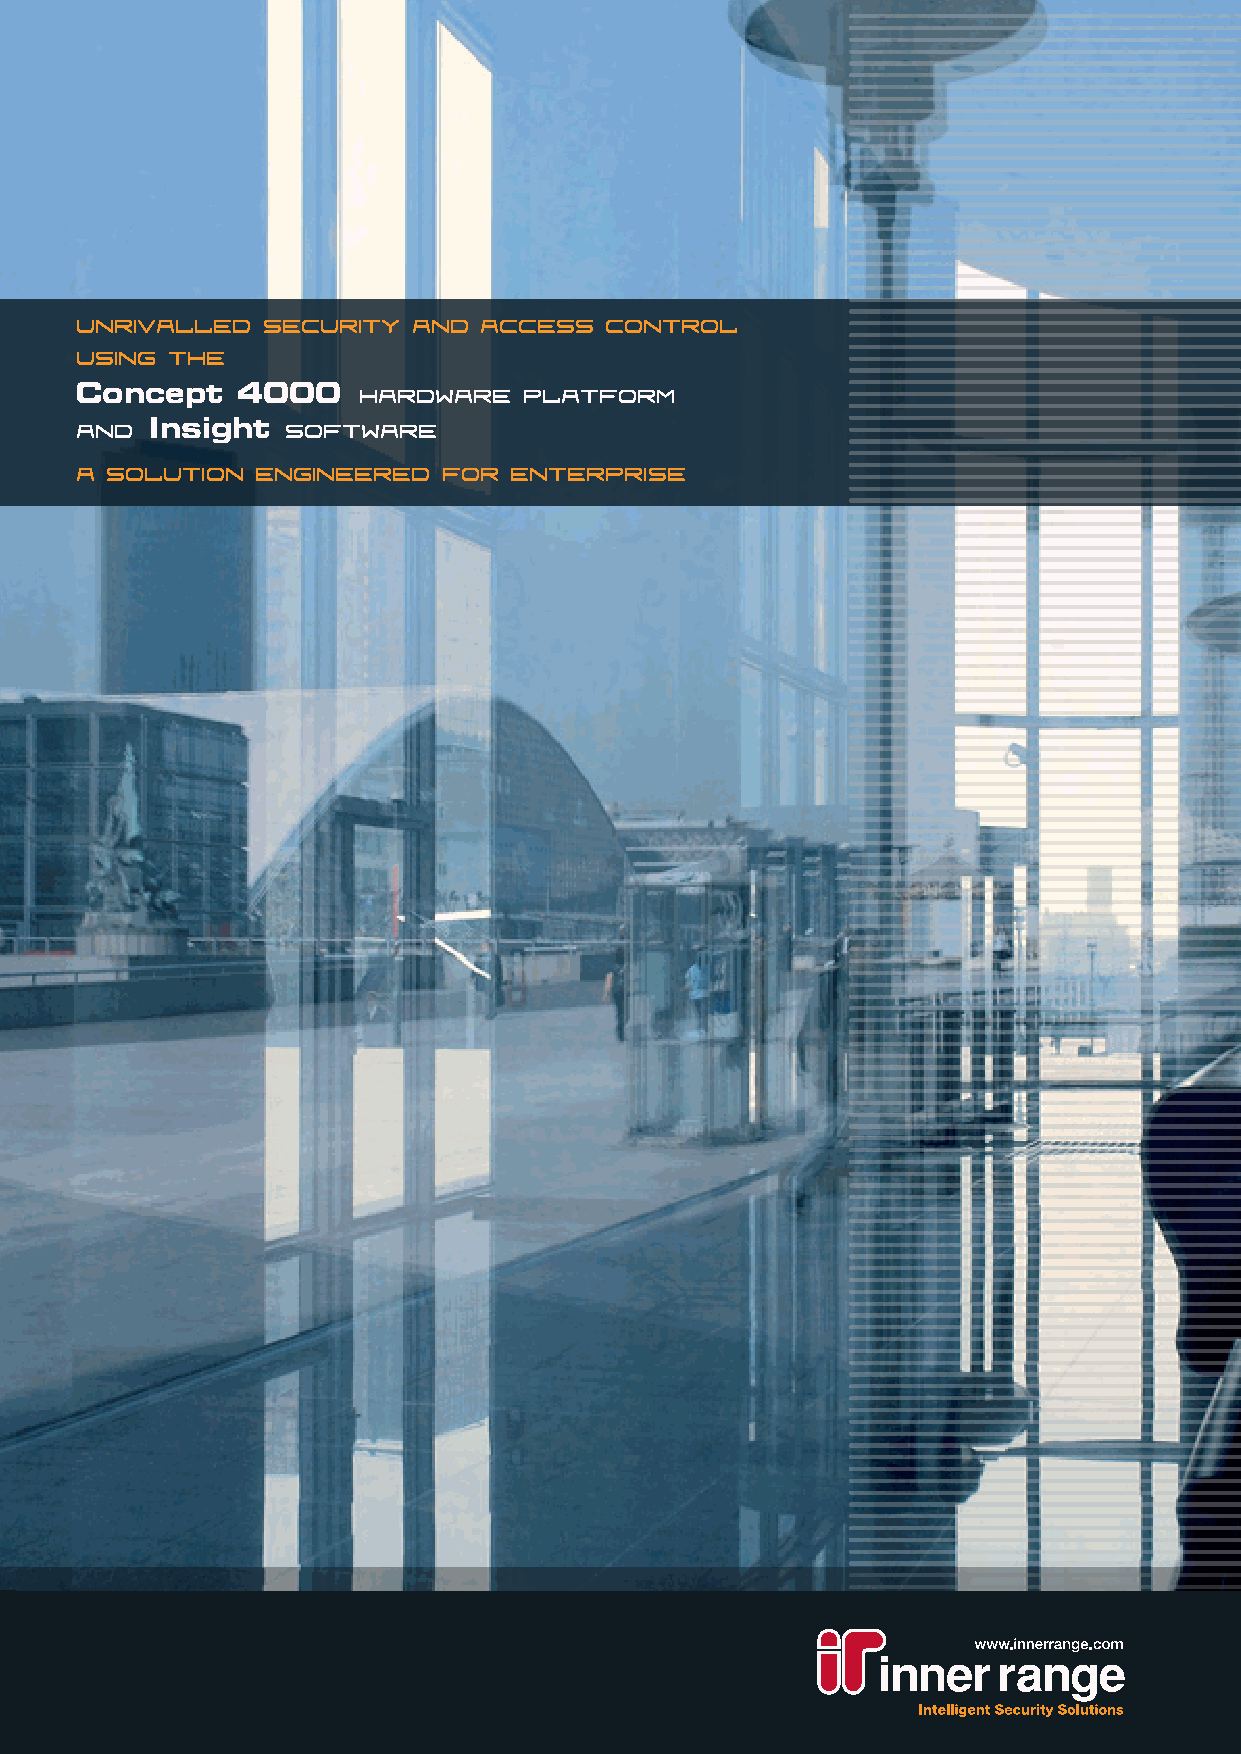
Unrivalled  Security  and  Access  Control
 using the
 Hardware   platform
 Concept    4000
 and           Software
 Insight
 A solution  Engineered  for  Enterprise